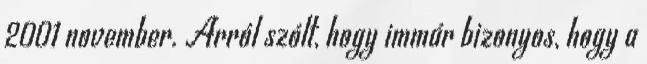
2001 november. Arról szólt, hogy immár bizonyos, hogy a